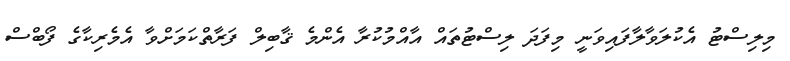
މިލިސްޓު އެކުލަވާލާފައިވަނީ މިފަދަ ލިސްޓުތައް އާއްމުކުރާ އެންމެ ޤާބިލް ފަރާތްކަމަށްވާ އެމެރިކާގެ ފޯބްސް